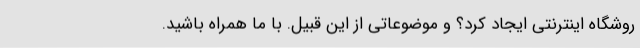
روشگاه اینترنتی ایجاد کرد؟ و موضوعاتی از این قبیل. با ما همراه باشید.